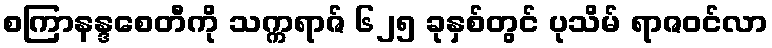
စကြာနန္ဒစေတီကို သက္ကရာဇ် ၆၂၅ ခုနှစ်တွင် ပုသိမ် ရာဇဝင်လာ